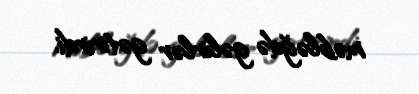
məbləğdə gəlirlər gətirirdi.